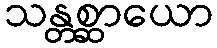
သန္တစ္ဆာယော